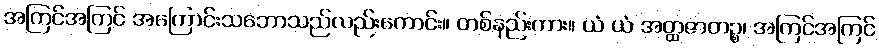
အကြင်အကြင် အကြောင်းသဘောသည်လည်းကောင်း။ တစ်နည်းကား။ ယံ ယံ အတ္ထဇာတဉ္စ၊ အကြင်အကြင်